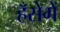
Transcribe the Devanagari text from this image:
हँसेगें